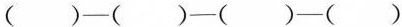
( )—( )—( )—( )